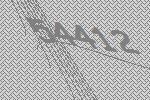
54412